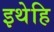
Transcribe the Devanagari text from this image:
इथेहि